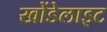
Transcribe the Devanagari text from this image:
खोंडेलाइट